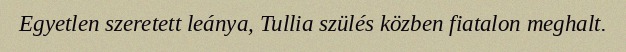
Egyetlen szeretett leánya, Tullia szülés közben fiatalon meghalt.